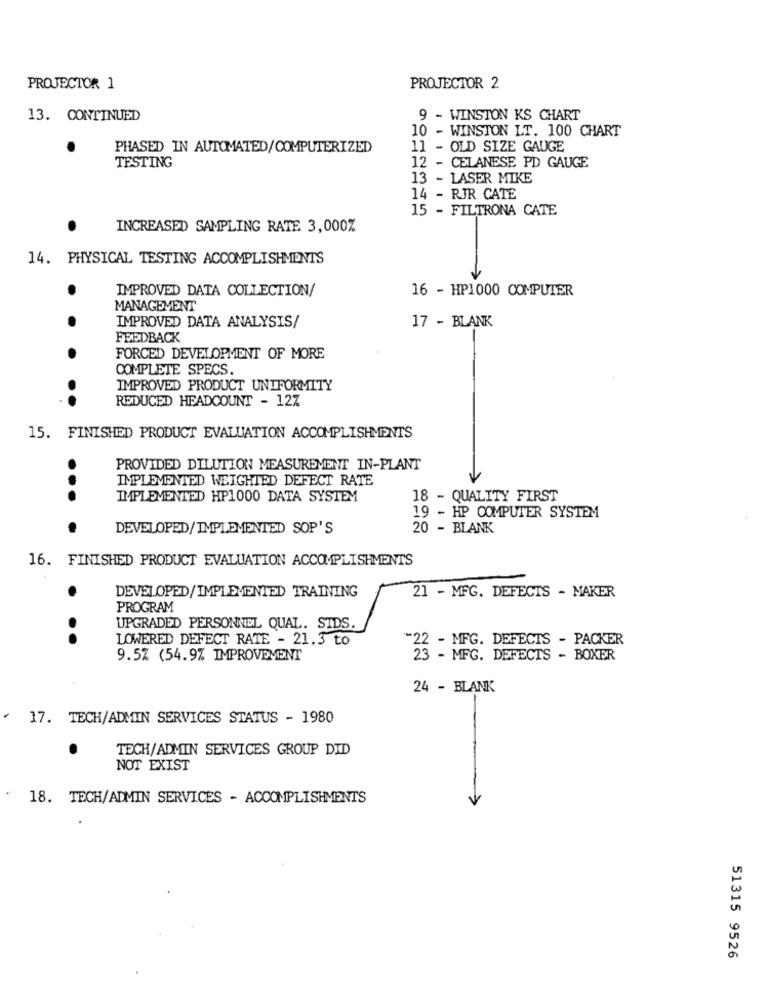
PROJECTOR 1
PROJECTOR 2
13. CONTINUED
- WINSTON KS CHART
10 - WINSTON LT. 100 CHART
PHASED IN AUTOMATED/COMPUTERIZED
11 - OLD SIZE GAUGE
TESTING
12 - CELANESE PD GAUGE
13 - LASER MIKE
14 - RIR CATE
15 - FILTRONA CATE
INCREASED SAMPLING RATE 3,000%
14. PHYSICAL TESTING ACCOMPLISHMENTS
.
IMPROVED DATA COLLECTION/
16 - HP1000 COMPUTER
MANAGEMENT
17 - BLANK
.
IMPROVED DATA ANALYSIS/
FEEDBACK
.
FORCED DEVELOPMENT OF MORE
COMPLETE SPECS.
IMPROVED PRODUCT UNIFORMITY
REDUCED HEADCOUNT - 127
..
15. FINISHED PRODUCT EVALUATION ACCOMPLISHMENTS
PROVIDED DILUTION MEASUREMENT IN-PLANT
IMPLEMENTED WEIGHTED DEFECT RATE
IMPLEMENTED HP1000 DATA SYSTEM
18 - QUALITY FIRST
19 - HP COMPUTER SYSTEM
....
DEVELOPED/IMPLEMENTED SOP'S
20 - BLANK
16. FINISHED PRODUCT EVALUATION ACCOMPLISHMENTS
DEVELOPED/IMPLEMENTED TRAINING
21 - MFG. DEFECTS - MAKER
PROGRAM
UPGRADED PERSONNEL QUAL. SIDS.
...
LOWERED DEFECT RATE - 21.3 to
-22 - MFG. DEFECTS - PACKER
9.5% (54.9% IMPROVEMENT
23 - MFG. DEFECTS - BOXER
24 - BLANK
17. TECH/ADMIN SERVICES STATUS - 1980
TECH/ADMIN SERVICES GROUP DID
NOT EXIST
18. TECH/ADMIN SERVICES - ACCOMPLISHMENTS
V
51315 9526